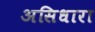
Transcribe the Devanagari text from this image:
असिधारा